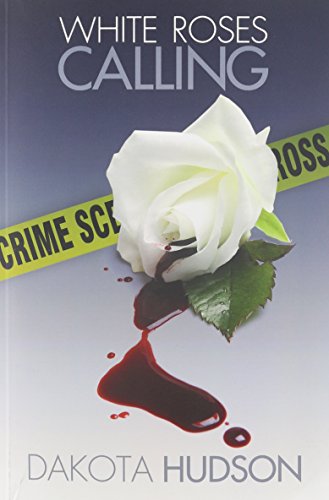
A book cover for White Roses Calling; Dakota Hudson; Romance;